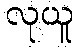
လုယူ